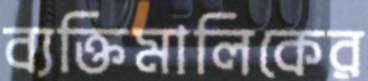
ব্যক্তিমালিকের